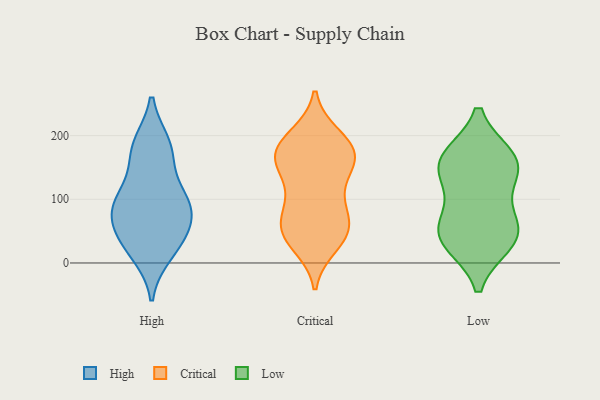
{"axis": {"x": "Bounce Rate (%)", "y": "Value"}, "legend": ["Critical", "High", "Low"], "data": [{"x": "", "y": 96, "type": "High"}, {"x": "", "y": 67, "type": "High"}, {"x": "", "y": 181, "type": "High"}, {"x": "", "y": 36, "type": "High"}, {"x": "", "y": 16, "type": "High"}, {"x": "", "y": 64, "type": "High"}, {"x": "", "y": 170, "type": "High"}, {"x": "", "y": 106, "type": "High"}, {"x": "", "y": 30, "type": "High"}, {"x": "", "y": 100, "type": "High"}, {"x": "", "y": 185, "type": "High"}, {"x": "", "y": 87, "type": "High"}, {"x": "", "y": 91, "type": "Critical"}, {"x": "", "y": 53, "type": "Critical"}, {"x": "", "y": 159, "type": "Critical"}, {"x": "", "y": 145, "type": "Critical"}, {"x": "", "y": 60, "type": "Critical"}, {"x": "", "y": 87, "type": "Critical"}, {"x": "", "y": 177, "type": "Critical"}, {"x": "", "y": 198, "type": "Critical"}, {"x": "", "y": 52, "type": "Critical"}, {"x": "", "y": 46, "type": "Critical"}, {"x": "", "y": 175, "type": "Critical"}, {"x": "", "y": 164, "type": "Critical"}, {"x": "", "y": 112, "type": "Critical"}, {"x": "", "y": 41, "type": "Critical"}, {"x": "", "y": 194, "type": "Critical"}, {"x": "", "y": 157, "type": "Critical"}, {"x": "", "y": 176, "type": "Critical"}, {"x": "", "y": 30, "type": "Critical"}, {"x": "", "y": 32, "type": "Low"}, {"x": "", "y": 140, "type": "Low"}, {"x": "", "y": 67, "type": "Low"}, {"x": "", "y": 131, "type": "Low"}, {"x": "", "y": 166, "type": "Low"}, {"x": "", "y": 40, "type": "Low"}, {"x": "", "y": 164, "type": "Low"}, {"x": "", "y": 36, "type": "Low"}, {"x": "", "y": 164, "type": "Low"}, {"x": "", "y": 62, "type": "Low"}]}